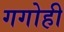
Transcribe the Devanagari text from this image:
गगोही